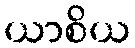
ယာစိယ